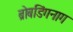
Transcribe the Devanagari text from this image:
ब्रोबडिंगनाग